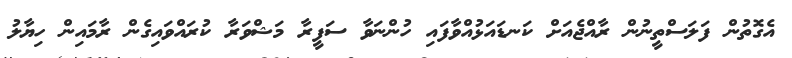
އެގޮތުން ފަލަސްތީނުން ރާއްޖެއަށް ކަނޑައަޅުއްވާފައި ހުންނަވާ ސަފީރާ މަޝްވަރާ ކުރައްވައިގެން ރާމައިން ހިޔާލު